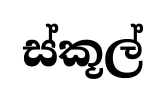
ස්කූල්